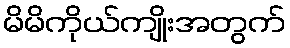
မိမိကိုယ်ကျိုးအတွက်